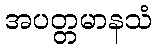
အပတ္တမာနသံ